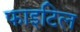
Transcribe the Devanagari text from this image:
फाइटिल